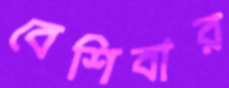
বেশিবার